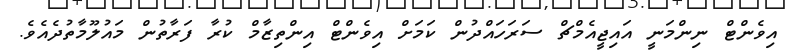
އިވެންޓް ނިންމަނީ އައިޖީއެމްޗް ސަރަހައްދުން ކަމަށް އިވެންޓް އިންތިޒާމް ކުރާ ފަރާތުން މައުލޫމާތުދެއެވެ.